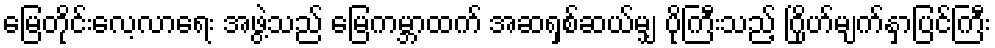
မြေတိုင်းလေ့လာရေး အဖွဲ့သည် မြေကမ္ဘာထက် အဆရှစ်ဆယ်မျှ ပိုကြီးသည့် ဂြိုဟ်မျက်နှာပြင်ကြီး